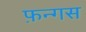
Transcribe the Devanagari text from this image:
फ़न्गस